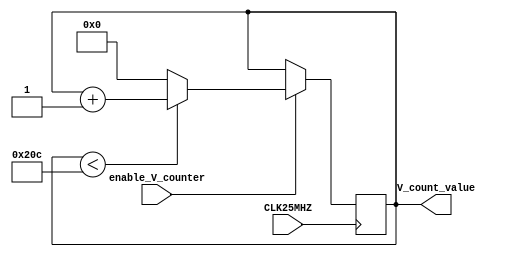
`timescale 1ns / 1ps
//////////////////////////////////////////////////////////////////////////////////
// Company: 
// Engineer: 
// 
// Design Name: 
// Module Name: vertical_counter
// Project Name: 
// Target Devices: 
// Tool Versions: 
// Description: 
// 
// Dependencies: 
// 
// Revision:
// Revision 0.01 - File Created
// Additional Comments:
// 
//////////////////////////////////////////////////////////////////////////////////


module vertical_counter(
    input CLK25MHZ,
    input  enable_V_counter,
    output reg[15:0] V_count_value = 0
    );
    
     always @(posedge CLK25MHZ) begin
         if(enable_V_counter == 1'b1) begin
            if (V_count_value < 524) begin
                V_count_value <= V_count_value + 1; // keep counting until 525
            end else begin
                V_count_value <= 0; // reset vertical  counter
            end
        end
    end
endmodule